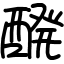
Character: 醗